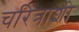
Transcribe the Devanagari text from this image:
चरित्राशी